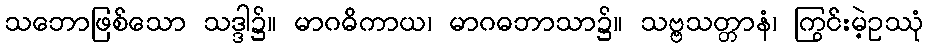
သဘောဖြစ်သော သဒ္ဒါ၌။ မာဂဓိကာယ၊ မာဂဓဘာသာ၌။ သဗ္ဗသတ္တာနံ၊ ကြွင်းမဲ့ဥဿုံ